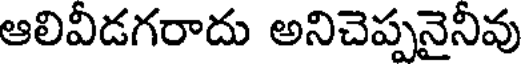
ఆలివీడగరాదు అనిచెప్పనైనీవు